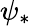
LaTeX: \psi_{*}